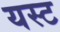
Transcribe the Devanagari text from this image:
यस्ट